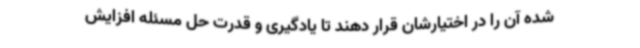
شده آن را در اختیارشان قرار دهند تا یادگیری و قدرت حل مسئله افزایش